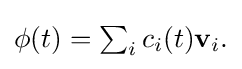
{\textstyle \phi (t)=\sum _{i}c_{i}(t)\mathbf {v} _{i}.}